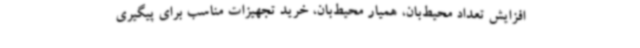
افزایش تعداد محیط‌بان، همیار محیط‌بان، خرید تجهیزات مناسب برای پیگیری